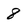
Character: 8